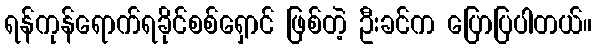
ရန်ကုန်ရောက်ရခိုင်စစ်ရှောင် ဖြစ်တဲ့ ဦးခင်က ပြောပြပါတယ်။